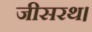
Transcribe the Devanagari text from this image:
जीसरथ।